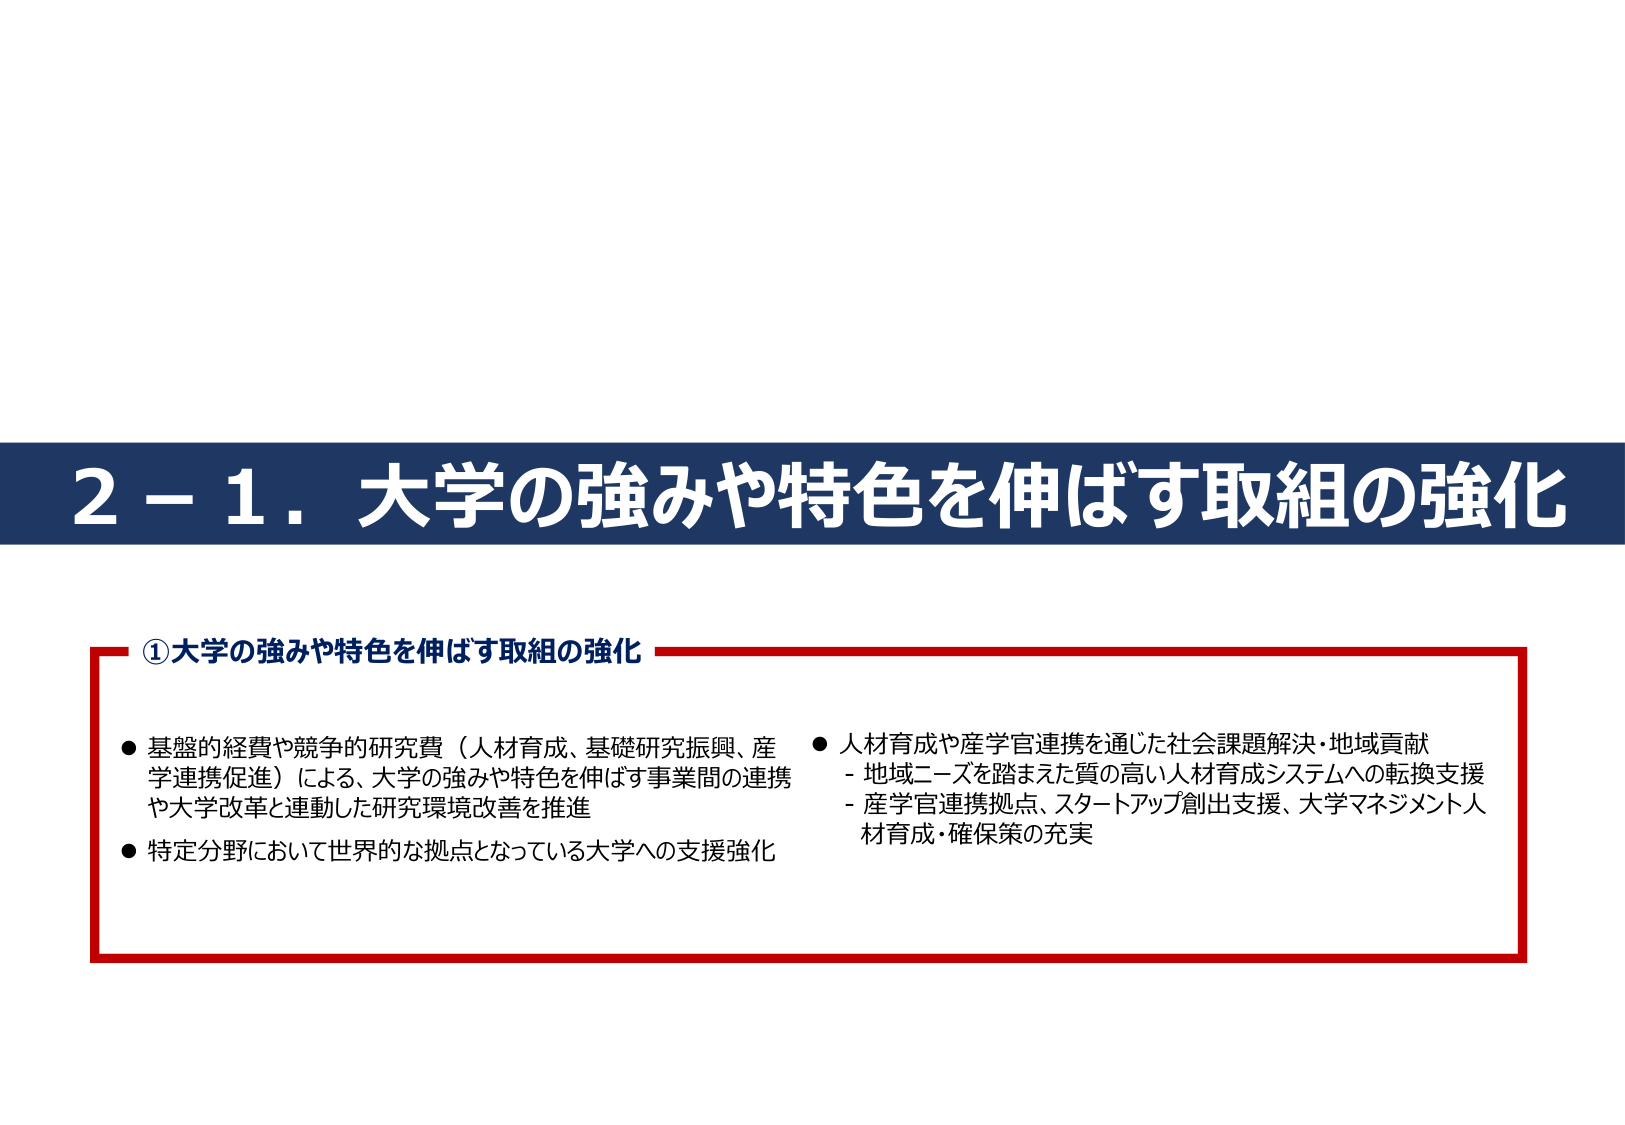
2－1．大学の強みや特色を伸ばす取組の強化

①大学の強みや特色を伸ばす取組の強化

● 基盤的経費や競争的研究費（人材育成、基礎研究振興、産学連携促進）による、大学の強みや特色を伸ばす事業間の連携や大学改革と連動した研究環境改善を推進
● 特定分野において世界的な拠点となっている大学への支援強化

● 人材育成や産学官連携を通じた社会課題解決・地域貢献
　- 地域ニーズを踏まえた質の高い人材育成システムへの転換支援
　- 産学官連携拠点、スタートアップ創出支援、大学マネジメント人材育成・確保策の充実